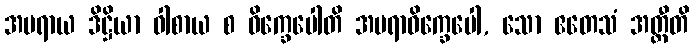
အမရာယ ဒိဋ္ဌိယာ ဝါစာယ စ ဝိက္ခေပေါတိ အမရာဝိက္ခေပေါ, သော ဧတေသံ အတ္ထီတိ